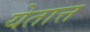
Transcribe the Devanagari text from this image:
येतात्त